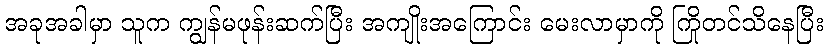
အခုအခါမှာ သူက ကျွန်မဖုန်းဆက်ပြီး အကျိုးအကြောင်း မေးလာမှာကို ကြိုတင်သိနေပြီး